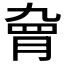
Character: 𱼊